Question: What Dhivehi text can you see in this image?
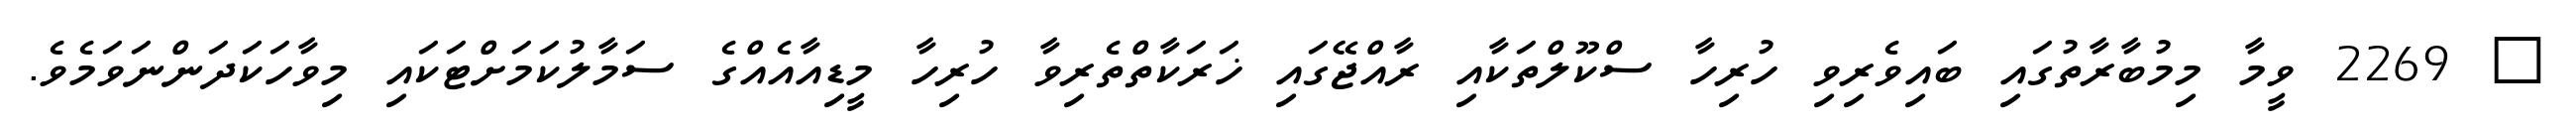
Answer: ? 2269 ވީމާ މިމުބާރާތުގައި ބައިވެރިވި ހުރިހާ ސްކޫލްތަކާއި ރާއްޖޭގައި ޚަރަކާތްތެރިވާ ހުރިހާ މީޑިއާއެއްގެ ސަމާލުކަމަށްޓަކައި މިވާހަކަދަންނަވަމެވެ.